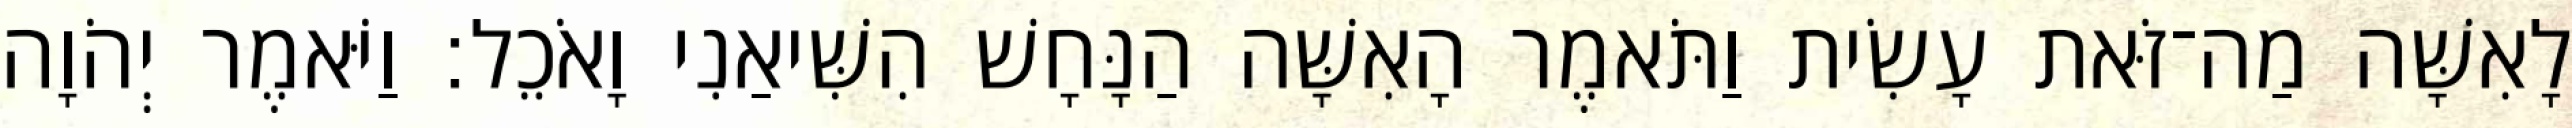
לָאִשָּׁה מַה־זֹּאת עָשִׂית וַתֹּאמֶר הָאִשָּׁה הַנָּחָשׁ הִשִּׁיאַנִי וָאֹכֵל׃ וַיֹּאמֶר יְהֹוָה